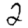
Digit: 2